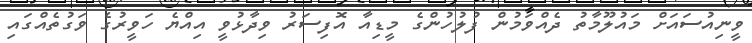
ވީނިއުސައަށް މައުލޫމާތު ދެއްވަމުން ފުލުހުންގެ މީޑިއާ އޮފިސަރު ވިދާޅުވީ އިއްޔެ ހަވީރުގެ ވަގުތެއްގައި